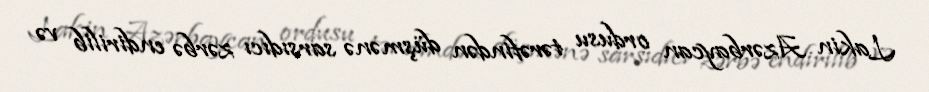
Lakin Azərbaycan ordusu tərəfindən düşmənə sarsıdıcı zərbə endirilib və